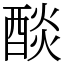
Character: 醈